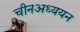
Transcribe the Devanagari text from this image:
चीनअध्ययन